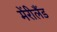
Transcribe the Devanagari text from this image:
मेंरीलैंड